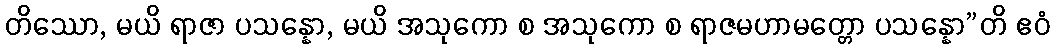
တိဿော, မယိ ရာဇာ ပသန္နော, မယိ အသုကော စ အသုကော စ ရာဇမဟာမတ္တော ပသန္နော”တိ ဧဝံ